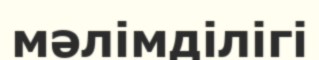
мәлімділігі